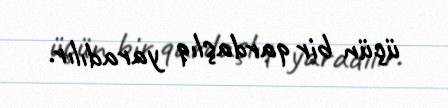
üçün bir qardaşlıq yaradılır.